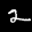
Label: 2